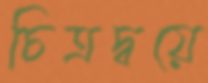
চিত্রদ্বয়ে